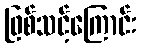
ဖြစ်သင့်ကြောင်း